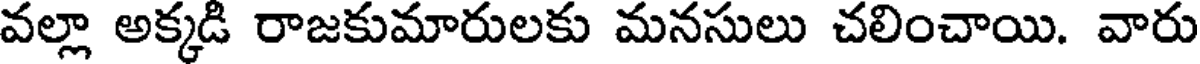
వల్లా అక్కడి రాజకుమారులకు మనసులు చలించాయి. వారు